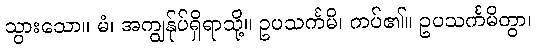
သွားသော။ မံ၊ အကျွန်ုပ်ရှိရာသို့။ ဥပသင်္ကမိ၊ ကပ်၏။ ဥပသင်္ကမိတွာ၊